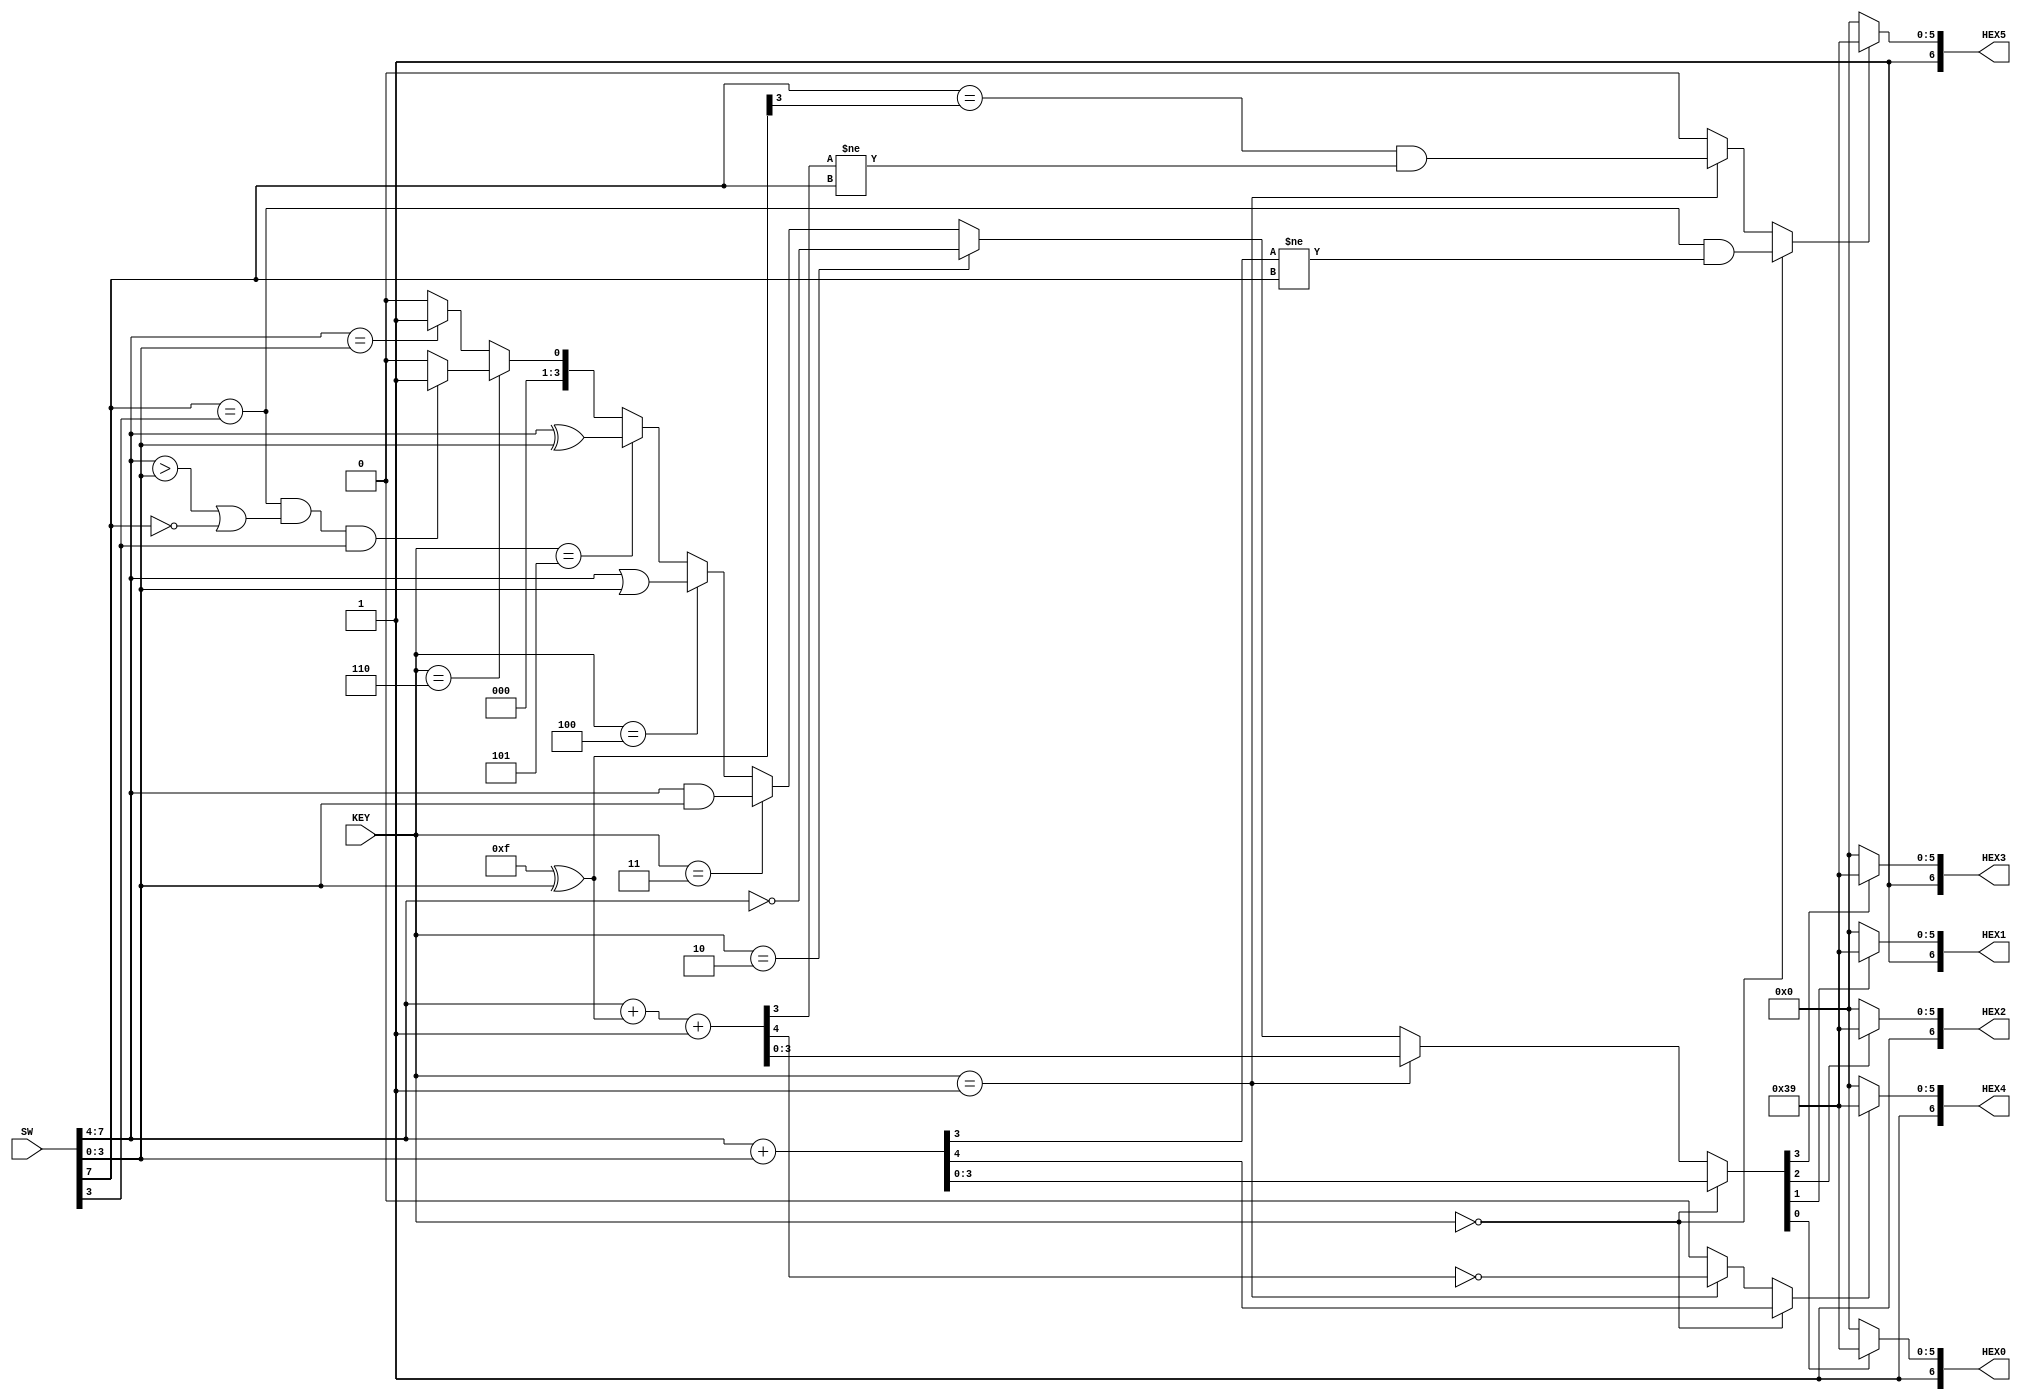
module exp_3_2_alu(KEY,SW,HEX0,HEX1,HEX2,HEX3,HEX4,HEX5);
	input 		     	  [2:0]		KEY;//OPTION
	input 		    	  [7:0]		SW;//NUM
	output		reg     [6:0]		HEX0;//s0
	output		reg     [6:0]		HEX1;//s1
	output		reg     [6:0]		HEX2;//s2
	output		reg     [6:0]		HEX3;//s3
	output		reg     [6:0]		HEX4;//CARRY
	output		reg     [6:0]		HEX5;//OVERFLOW
	reg [3:0] RESULT;
	reg CARRY,OVERFLOW;
	integer i;
	reg [3:0] A,B,BC;
	always @(*)
	begin
	CARRY=0;
	OVERFLOW=0;
	for(i=0;i<=3;i=i+1)
		B[i]=SW[i];
	for(i=0;i<=3;i=i+1)
		A[i]=SW[i+4];	
	if(KEY==3'b000)//add
		begin
			{CARRY,RESULT}=A+B;
			OVERFLOW=(A[3]==B[3])&&(RESULT[3]!=A[3]);
		end
	else if(KEY==3'b001)//minus
		begin
			BC=(4'b1111^B);
			{CARRY,RESULT}=A+BC+1;
			OVERFLOW=(A[3]==BC[3])&&(RESULT[3]!=A[3]);
			CARRY=~CARRY;
		end
		else if(KEY==3'b010)//NOT A
		begin
				RESULT=~A;
		end
		else if(KEY==3'b011)//A AND B
		begin
				RESULT=A&B;
		end
		else if(KEY==3'b100)//A OR B
		begin
				RESULT=A|B;
		end
		else if(KEY==3'b101)//A XOR B
		begin
				RESULT=A^B;
		end
		else if(KEY==3'b110)//COMPARE
		begin
				if(A[3]==B[3] && A>B|A[3]==0 && B[3]==1 )
					RESULT=1;
				else 
					RESULT=0;
		end
		else//EQUAL?
		begin
				if(A==B)
					RESULT=1;
				else RESULT=0;
		end
	if(RESULT[0]==0)
	HEX0=7'b1000000;
	else 
		HEX0=7'b1111001;
	if(RESULT[1]==0)
	HEX1=7'b1000000;
	else 
		HEX1=7'b1111001;	
	if(RESULT[2]==0)
	HEX2=7'b1000000;
	else 
		HEX2=7'b1111001;	
	if(RESULT[3]==0)
	HEX3=7'b1000000;
	else 
		HEX3=7'b1111001;	
	if(CARRY==0)
	HEX4=7'b1000000;
	else 
		HEX4=7'b1111001;
	if(OVERFLOW==0)
	HEX5=7'b1000000;
	else 
		HEX5=7'b1111001;	
	end	
endmodule